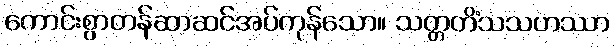
ကောင်းစွာတန်ဆာဆင်အပ်ကုန်သော။ သတ္တတိံသသဟဿာ